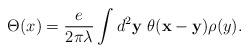
LaTeX: \begin{align*}\Theta(x)=\frac{e}{2\pi\lambda}\int d^{2}{\bf y} ~\theta({\bf x}-{\bf y})\rho(y).\end{align*}